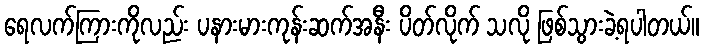
ရေလက်ကြားကိုလည်း ပနားမားကုန်းဆက်အနီး ပိတ်လိုက် သလို ဖြစ်သွားခဲ့ရပါတယ်။